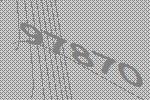
97870